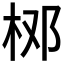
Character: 𱣋